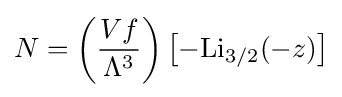
N=\left({\frac {Vf}{\Lambda ^{3}}}\right)\left[-{\textrm {Li}}_{3/2}(-z)\right]